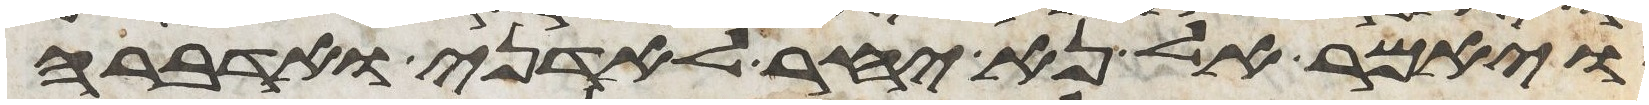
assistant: ויאמר אל נא יחר לאדני ואדברה